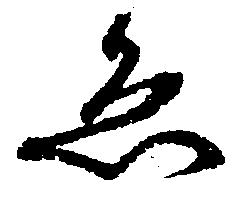
ゑ